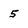
Character: 5